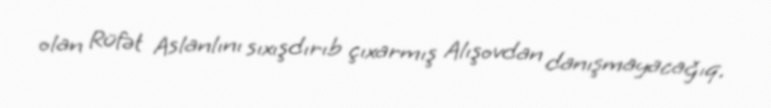
olan Rüfət Aslanlını sıxışdırıb çıxarmış Alışovdan danışmayacağıq.